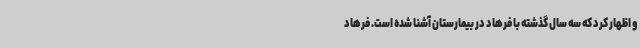
و اظهار کرد که سه سال گذشته با فرهاد در بیمارستان آشنا شده است. فرهاد